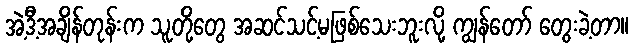
အဲ့ဒီ့အချိန်တုန်းက သူတို့တွေ အဆင်သင့်မဖြစ်သေးဘူးလို့ ကျွန်တော် တွေးခဲ့တာ။